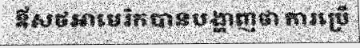
ឪសថអាមេរិកបានបង្ហាញថា ការប្រើ